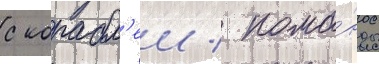
с корабл'еи / кома́нды